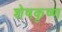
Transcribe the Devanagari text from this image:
शेषकृष्ण